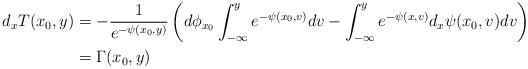
\begin{align*}d_xT(x_0,y) &= -\frac{1}{e^{-{\psi(x_0,y)}}} \left( d \phi_{x_0} \int_{-\infty}^y e^{-{\psi(x_0,v) }}dv - \int_{-\infty}^y e^{-{\psi(x,v)}} d_x {\psi} (x_0,v) dv \right) \\&= \Gamma(x_0,y)\end{align*}